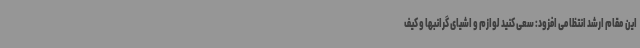
این مقام ارشد انتظامی افزود: سعی کنید لوازم و اشیای گرانبها و کیف